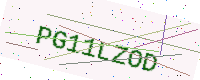
Text: PG11LZOD